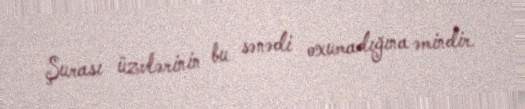
Şurası üzvlərinin bu sənədi oxumadığına əmindir.